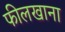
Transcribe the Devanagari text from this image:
फीलखाना